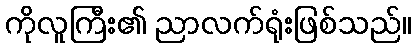
ကိုလူကြီး၏ ညာလက်ရုံးဖြစ်သည်။